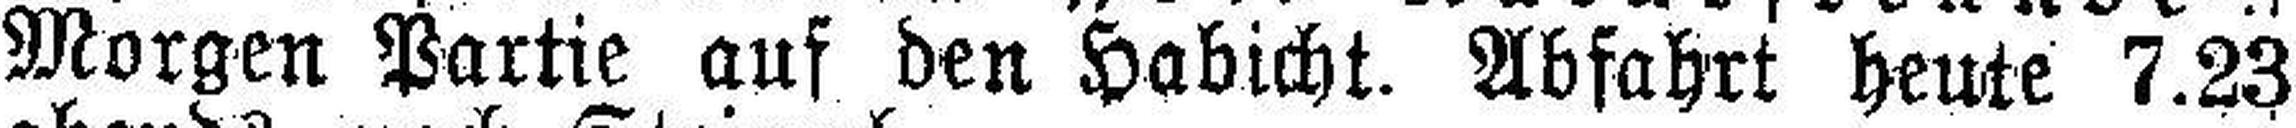
Morgen Partie auf den Habicht. Abfahrt heute 7.23